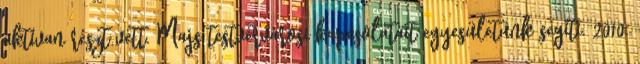
aktívan részt vett. Majs testvérvárosi kapcsolatait egyesületünk segíti. 2010.